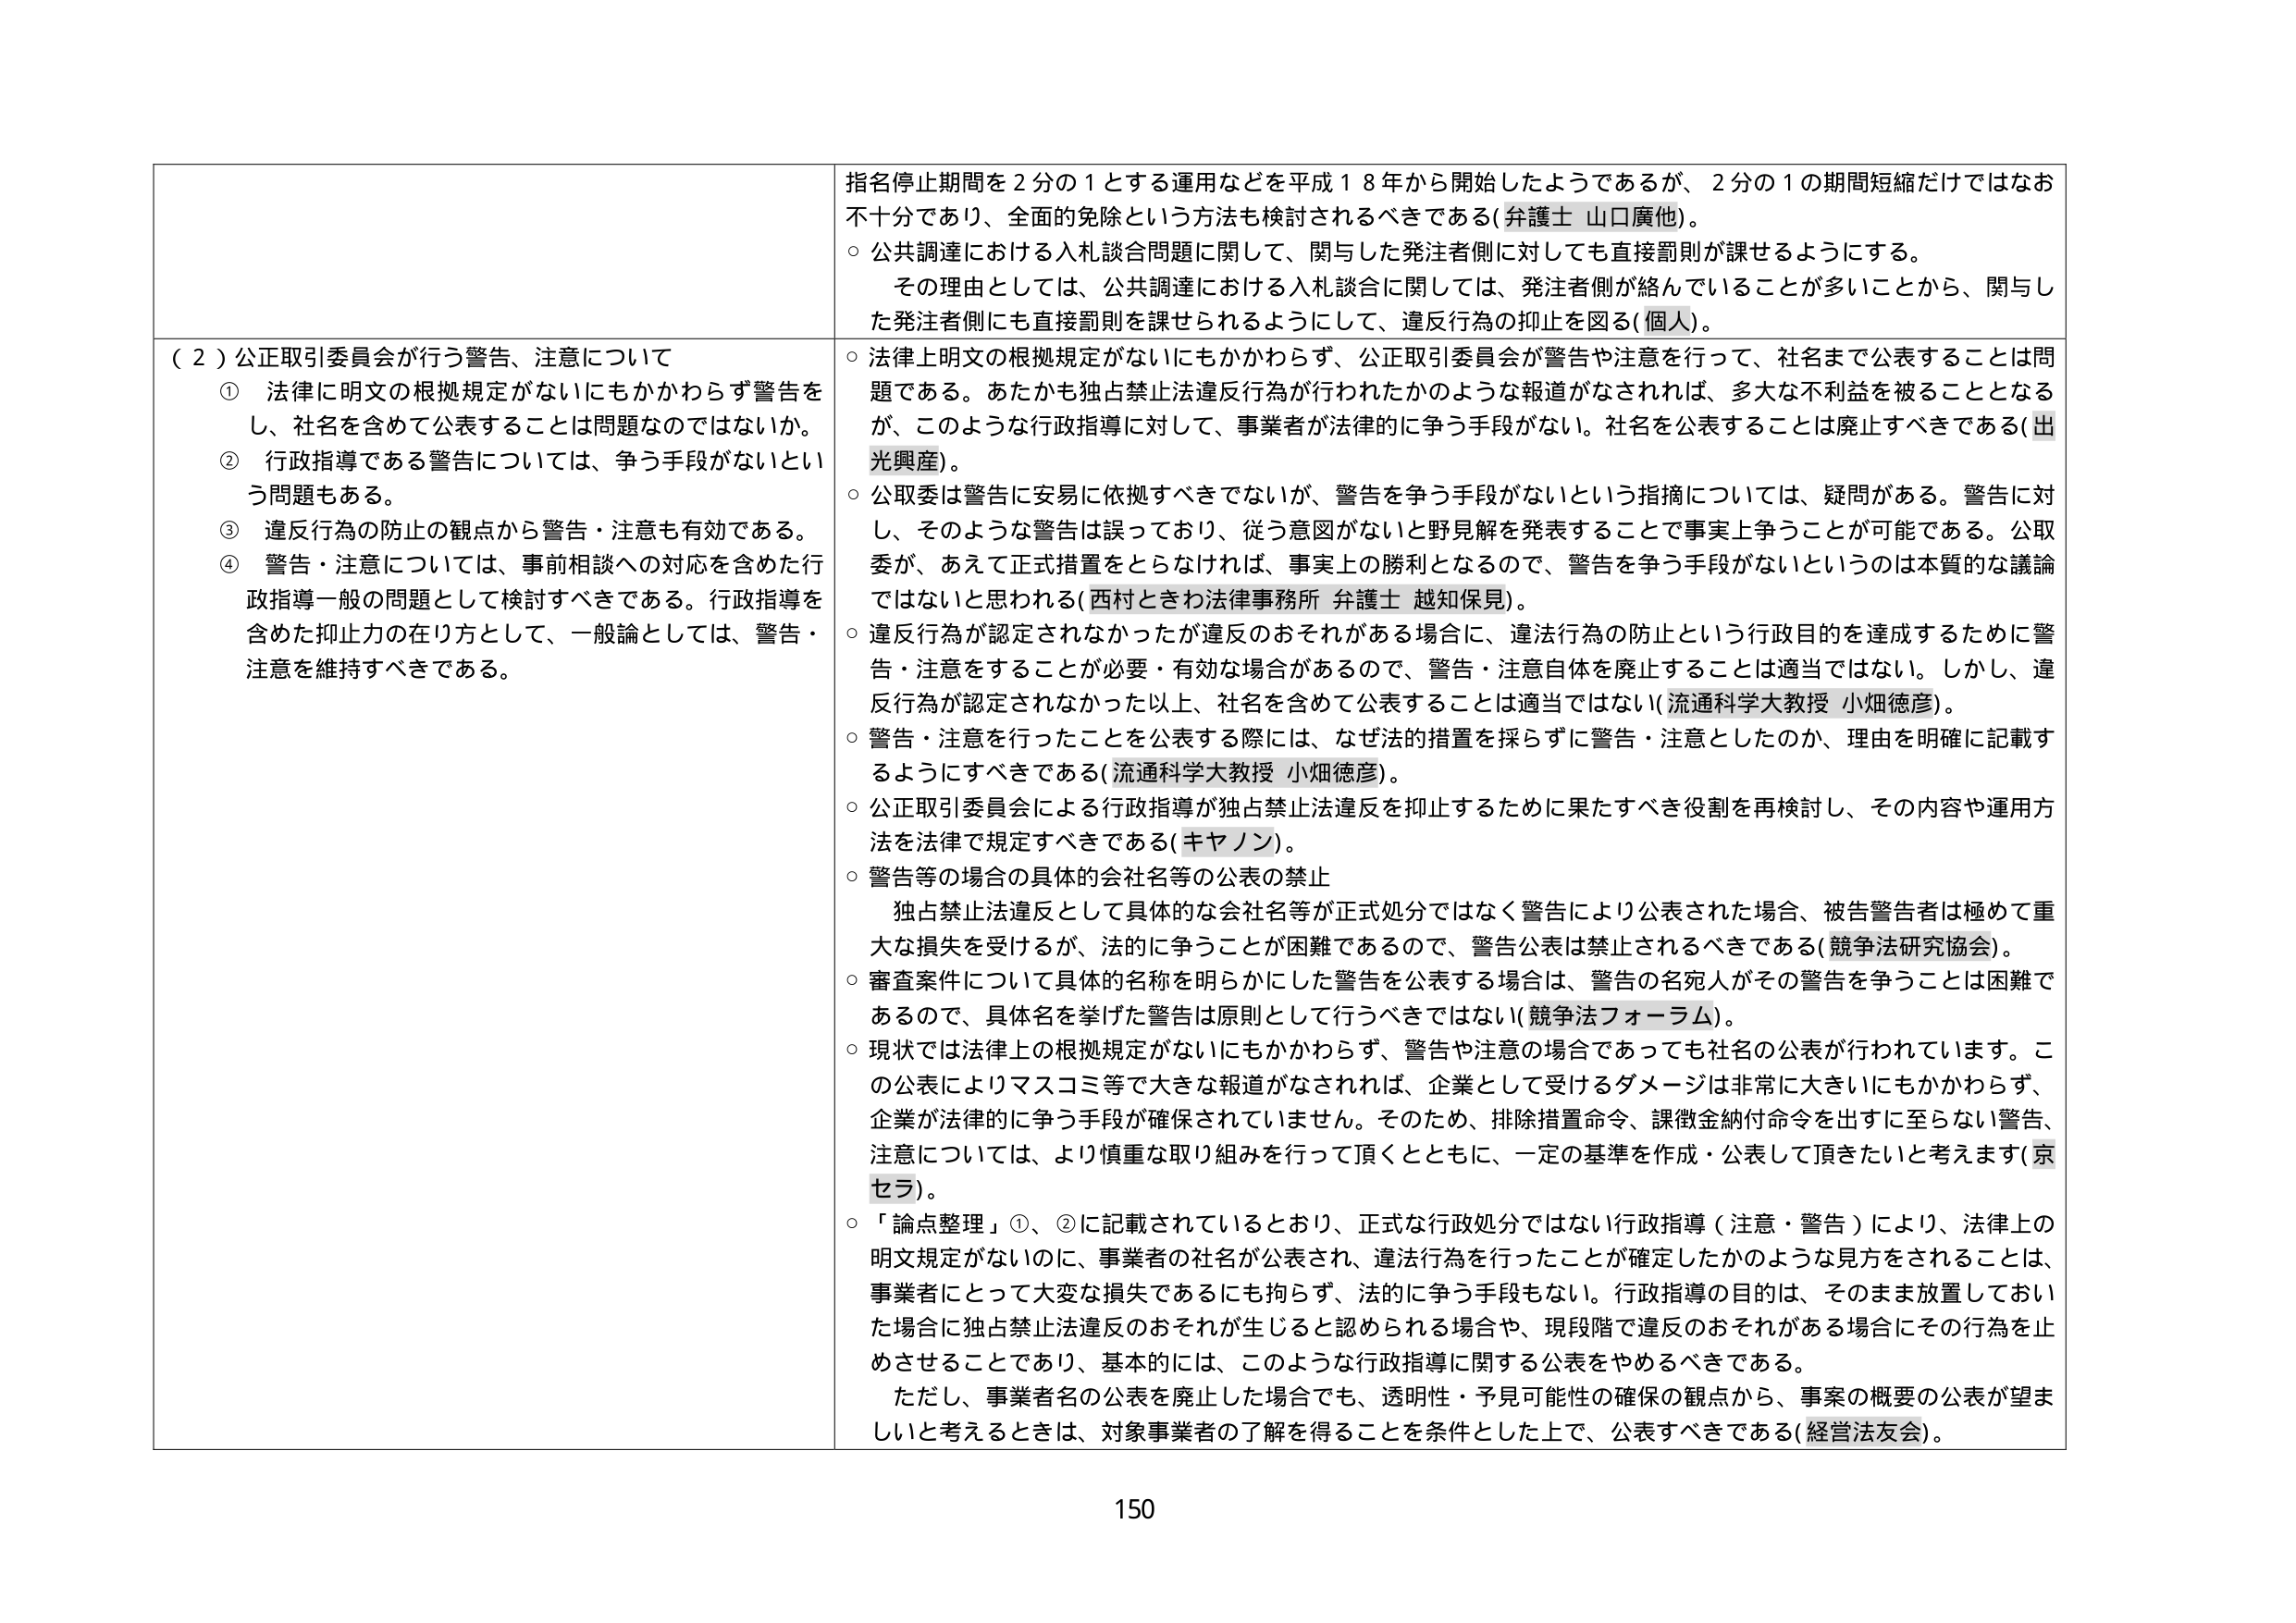
（２）公正取引委員会が行う警告、注意について
① 法律に明文の根拠規定がないにもかかわらず警告をし、社名を含めて公表することは問題のではないか。
② 行政指導である警告については、争う手段がないという問題もある。
③ 違反行為の防止の観点から警告・注意も有効である。
④ 警告・注意については、事前相談への対応を含めた行政指導一般の問題として検討すべきである。行政指導を含めた抑止力の在り方として、一般論としては、警告・注意を維持すべきである。

指名停止期間を２分の１とする運用などを平成１８年から開始したようであるが、２分の１の期間短縮だけではなお不十分であり、全面的免除という方法も検討されるべきである（弁護士 山口廣他）。
○ 公共調達における入札談合問題に関して、関与した発注者側に対しても直接罰則が課せるようにする。
　その理由としては、公共調達における入札談合に関しては、発注者側が絡んでいることが多いことから、関与した発注者側にも直接罰則を課せられるようにして、違反行為の抑止を図る（個人）。
○ 法律上明文の根拠規定がないにもかかわらず、公正取引委員会が警告や注意を行って、社名まで公表することは問題である。あたかも独占禁止法違反行為が行われたかのような報道がなされれば、多大な不利益を被ることとなるが、このような行政指導に対して、事業者が法律的に争う手段がない。社名を公表することは廃止すべきである（出光興産）。
○ 公取委は警告に安易に依拠すべきでないが、警告を争う手段がないという指摘については、疑問がある。警告に対し、そのような警告は誤っており、従う意図がないと野見解を発表することで事実上争うことが可能である。公取委が、あえて正式措置をとらなければ、事実上の勝利となるので、警告を争う手段がないというのは本質的な議論ではないと思われる（西村ときわ法律事務所 弁護士 越知保見）。
○ 違反行為が認定されなかったが違反のおそれがある場合に、違法行為の防止という行政目的を達成するために警告・注意をすることが必要・有効な場合があるので、警告・注意自体を廃止することは適当ではない。しかし、違反行為が認定されなかった以上、社名を含めて公表することは適当ではない（流通科学大教授 小畑徳彦）。
○ 警告・注意を行ったことを公表する際は、なぜ法的措置を採らずに警告・注意としたのか、理由を明確に記載するようにすべきである（流通科学大教授 小畑徳彦）。
○ 公正取引委員会による行政指導が独占禁止法違反を抑止するために果たすべき役割を再検討し、その内容や運用方法を法律で規定すべきである（キヤノン）。
○ 警告等の場合の具体的会社名等の公表の禁止
　独占禁止法違反として具体的な会社名等が正式処分ではなく警告により公表された場合、被告警告者は極めて重大な損失を受けるが、法的に争うことが困難であるので、警告公表は禁止されるべきである（競争法研究協会）。
○ 審査案件について具体的名称を明らかにした警告を公表する場合は、警告の名宛人がその警告を争うことは困難であるので、具体名を挙げた警告は原則として行うべきではない（競争法フォーラム）。
○ 現状では法律上の根拠規定がないにもかかわらず、警告や注意の場合であっても社名の公表が行われています。この公表によりマスコミ等で大きな報道がなされれば、企業として受けるダメージは非常に大きいにもかかわらず、企業が法律的に争う手段が確保されていません。そのため、排除措置命令、課徴金納付命令を出すに至らない警告、注意については、より慎重な取り組みを行って頂くとともに、一定の基準を作成・公表して頂きたいと考えます（京セラ）。
○ 「論点整理」①、②に記載されているとおり、正式な行政処分ではない行政指導（注意・警告）により、法律上の明文規定がないのに、事業者の社名が公表され、違法行為を行ったことが確定したかのような見方をされることは、事業者にとって大変な損失であるにも拘らず、法的に争う手段もない。行政指導の目的は、そのまま放置しておいた場合に独占禁止法違反のおそれが生じると認められる場合や、現段階で違反のおそれがある場合にその行為を止めさせることであり、基本的には、このような行政指導に関する公表をやめるべきである。
　ただし、事業者名の公表を廃止した場合でも、透明性・予見可能性の確保の観点から、事案の概要の公表が望ましいと考えるときは、対象事業者の了解を得ることを条件とした上で、公表すべきである（経営法友会）。

150